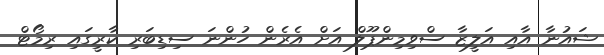
ޝައުނާ އާއި އަލީޒާ ސްވިމިންޕޫލް އަށް އެރެން ހުންނަ ސިޑިބަރި ކާރީގައި ރިމޯޓް